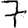
Digit: 7